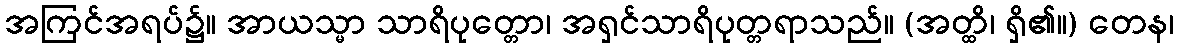
အကြင်အရပ်၌။ အာယသ္မာ သာရိပုတ္တော၊ အရှင်သာရိပုတ္တရာသည်။ (အတ္ထိ၊ ရှိ၏။) တေန၊